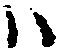
ハ